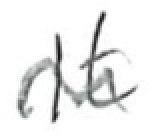
Text: It
Cross-out: wave
Writing tool: pencil